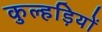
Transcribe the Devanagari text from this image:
कुल्हड़ियों